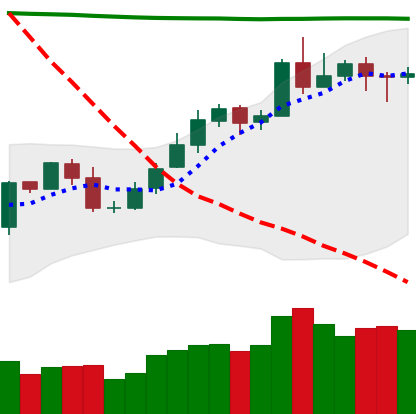
Ticker: NEO-USD
Chart end date: 2020-05-05
Forward return: 7.398%
Label: up_7plus